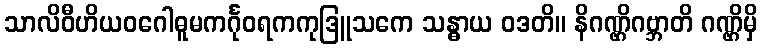
သာလိဝီဟိယဝဂေါဓူမကင်္ဂုဝရကကုဒြူသကေ သန္ဓာယ ဝဒတိ။ နိဂဏ္ဌိဂဗ္ဘာတိ ဂဏ္ဌိမှိ